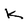
Character: K